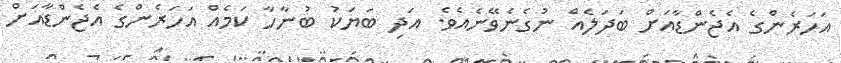
އަހަރެންގެ އެޖެންޑާއަށް ބަދަލެއް ނުގެނެވޭނެއެވެ. އަދި ބަޔަކު ބުނާހާ ކަމެއް އަހަރެންގެ އެޖެންޑާއަށް